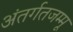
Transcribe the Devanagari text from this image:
अंतर्गतजम्मू